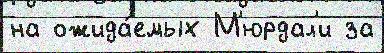
на ожида́емых М'юрдал'и за